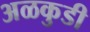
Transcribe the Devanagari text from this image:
अळकुडी